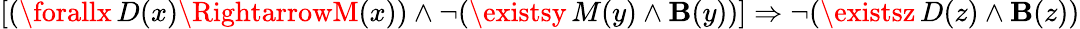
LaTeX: [(\forallx\, D(x)\RightarrowM(x))\land\neg(\existsy\, M(y)\land\mathbf{B}(y))]\Rightarrow\neg(\existsz\, D(z)\land\mathbf{B}(z))